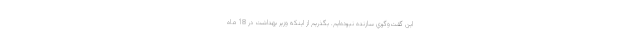
اين گفت‌وگوي سازنده نبوده‌ايم. بگذريم از اينكه وزير بهداشت در 18 ماه